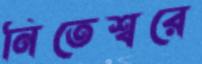
নিতেশ্বরে